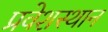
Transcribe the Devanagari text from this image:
प्रवेशस्थान